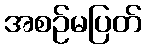
အစဉ်မပြတ်